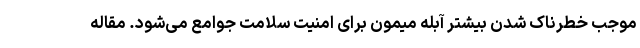
موجب خطرناک شدن بیشتر آبله میمون برای امنیت سلامت جوامع می‌شود. مقاله